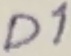
Text: D1